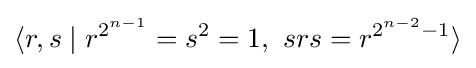
\langle r,s\mid r^{2^{n-1}}=s^{2}=1,\ srs=r^{2^{n-2}-1}\rangle \,\!